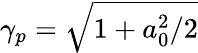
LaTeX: \gamma_{p}=\sqrt{1+a_{0}^{2}/2}